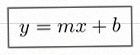
y=mx+b